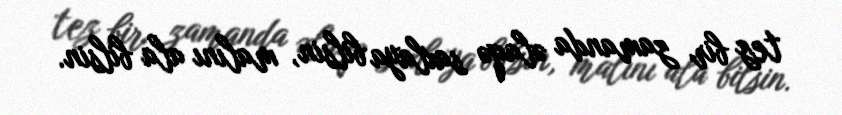
tez bir zamanda əlaqə saxlaya bilsin, malını ala bilsin.